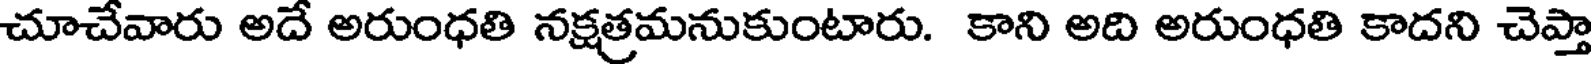
చూచేవారు అదే అరుంధతి నక్షత్రమనుకుంటారు. కాని అది అరుంధతి కాదని చెప్తా